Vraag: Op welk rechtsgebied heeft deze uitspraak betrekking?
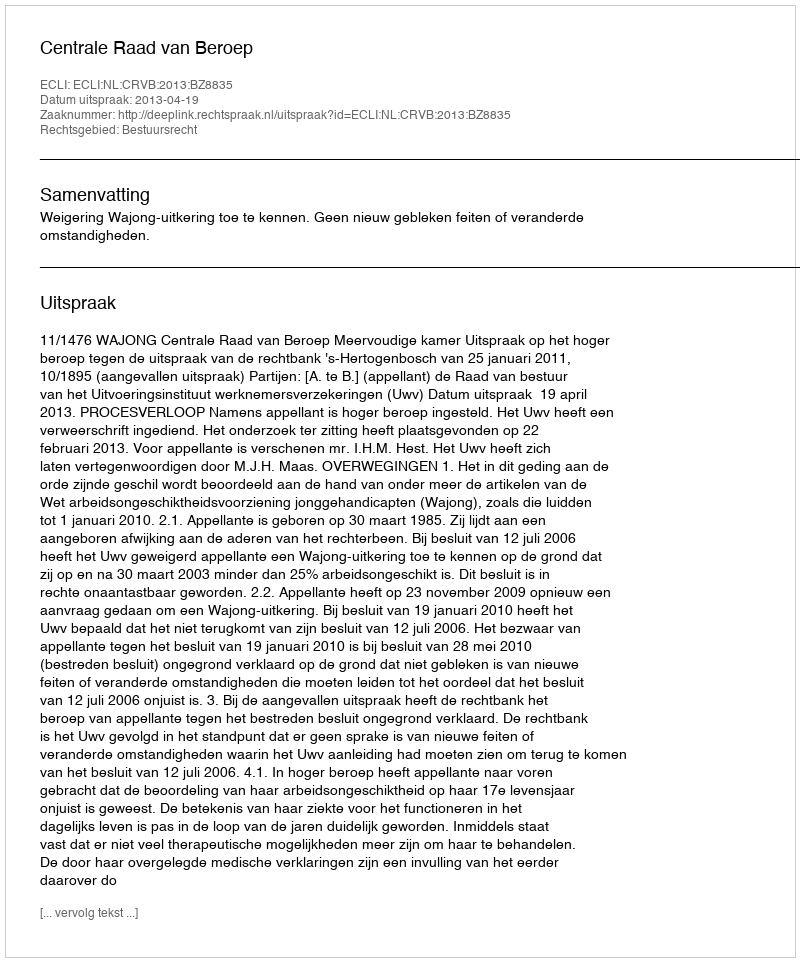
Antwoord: Bestuursrecht